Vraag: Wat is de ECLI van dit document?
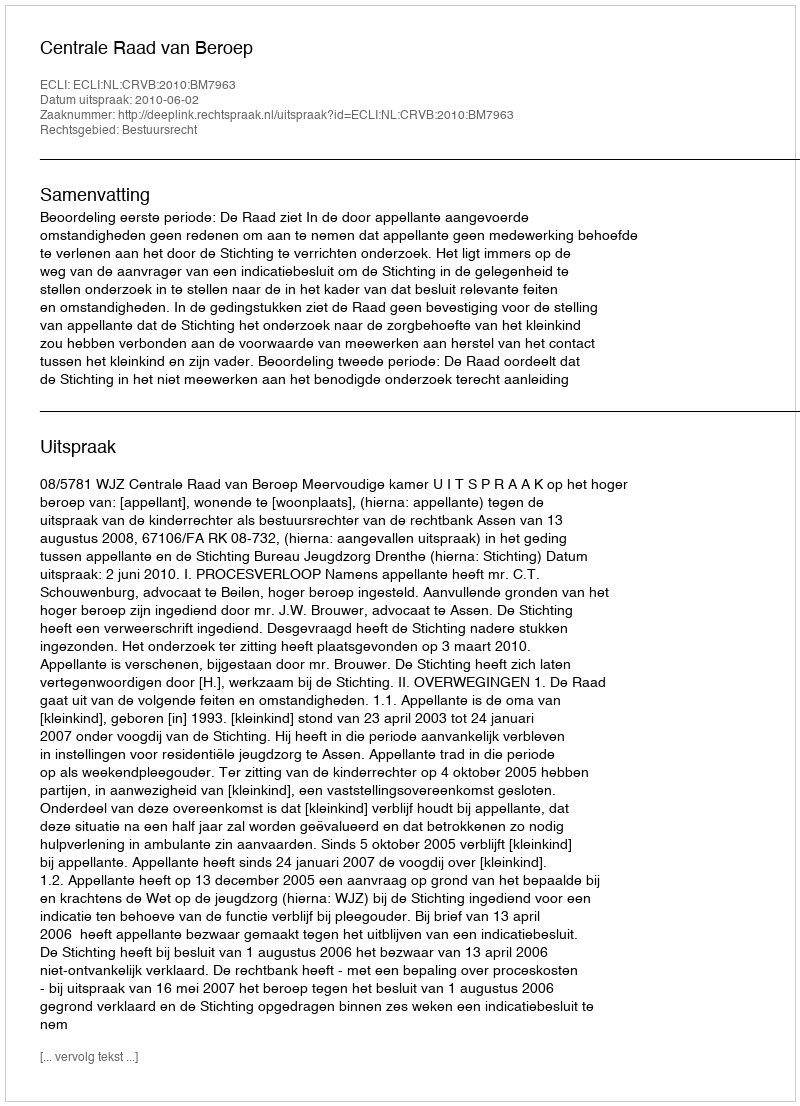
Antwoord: ECLI:NL:CRVB:2010:BM7963